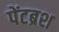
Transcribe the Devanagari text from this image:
पेंटब्रश